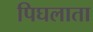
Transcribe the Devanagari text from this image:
पिघलाता